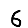
Digit: 6